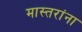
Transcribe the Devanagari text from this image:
मास्तरांना